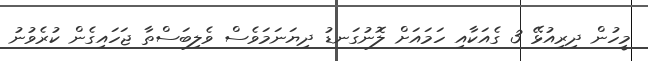
މީހުން ދިރިއުޅޭ 3 ގެއަކާއި ހަމައަށް ލޮނުގަނޑު ދިޔަނަމަވެސް ވެލިބަސްތާ ޖަހައިގެން ކުރެވުނު